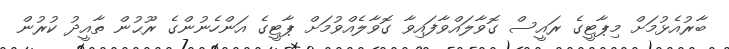
ބާރުއެޅުމަށް މިޕާޓީގެ ރައީސް ގޮވާލައްވާފައިވާ ގޮވާލެއްވުމަށް ޕާޓީގެ އަންހެނުންގެ ރޫޙުން ތާއީދު ކުރުން